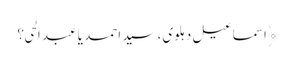
﴿اسماعیل دہلوی،سید احمد یا عبد الحی؟